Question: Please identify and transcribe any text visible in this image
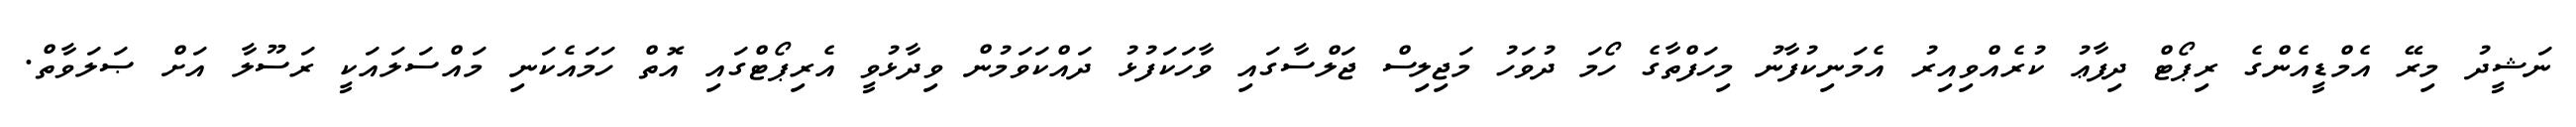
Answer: ނަޝީދު މިރޭ އެމްޑީއެންގެ ރިޕޯޓް ދިފާޢު ކުރެއްވިއިރު އެމަނިކުފާނު މިހަފްތާގެ ހޯމަ ދުވަހު މަޖިލިސް ޖަލްސާގައި ވާހަކަފުޅު ދައްކަވަމުން ވިދާޅުވީ އެރިޕޯޓްގައި އޮތް ހަމައެކަނި މައްސަލައަކީ ރަސޫލާ އަށް ޞަލަވާތް.